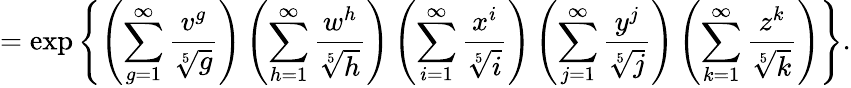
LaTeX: =\exp\left\{ \left(\sum_{g=1}^{\infty}\frac{v^{g}}{\sqrt[5]{g}}\right)\left(\sum_{h=1}^{\infty}\frac{w^{h}}{\sqrt[5]{h}}\right)\left(\sum_{i=1}^{\infty}\frac{x^{i}}{\sqrt[5]{i}}\right)\left(\sum_{j=1}^{\infty}\frac{y^{j}}{\sqrt[5]{j}}\right)\left(\sum_{k=1}^{\infty}\frac{z^{k}}{\sqrt[5]{k}}\right)\right\} .